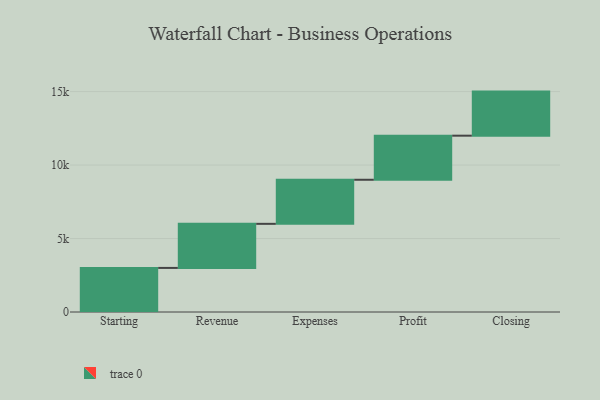
{"axis": {"x": "Step", "y": "Value"}, "legend": [""], "data": [{"x": "Starting", "y": 3000, "type": ""}, {"x": "Revenue", "y": 3000, "type": ""}, {"x": "Expenses", "y": 3000, "type": ""}, {"x": "Profit", "y": 3000, "type": ""}, {"x": "Closing", "y": 3000, "type": ""}]}